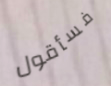
فسأقول